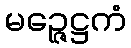
မဉ္ဇေဋ္ဌကံ